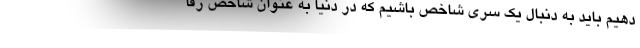
دهیم باید به دنبال یک سری شاخص باشیم که در دنیا به عنوان شاخص رقا